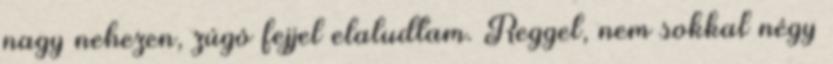
nagy nehezen, zúgó fejjel elaludtam. Reggel, nem sokkal négy